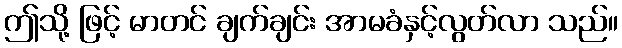
ဤသို့ ဖြင့် မာတင် ချက်ချင်း အာမခံနှင့်လွတ်လာ သည်။